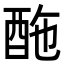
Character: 𨠑